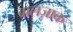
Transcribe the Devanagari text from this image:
बालज़ाक